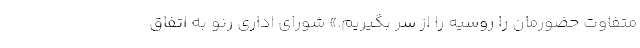
متفاوت حضورمان را روسیه را از سر بگیریم.» شورای اداری رنو به اتفاق